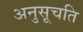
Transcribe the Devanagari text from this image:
अनुसूचति